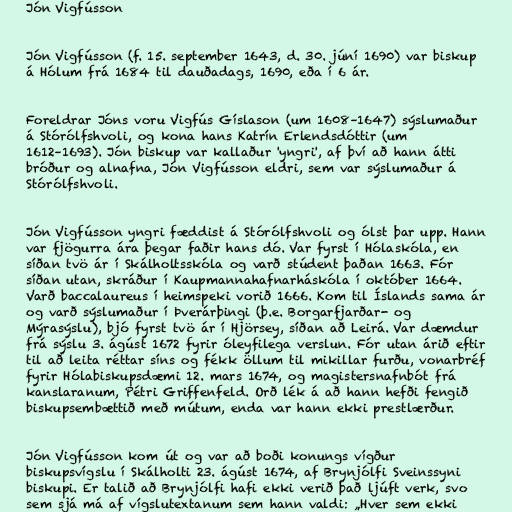
Jón Vigfússon

Jón Vigfússon (f. 15. september 1643, d. 30. júní 1690) var biskup
á Hólum frá 1684 til dauðadags, 1690, eða í 6 ár.

Foreldrar Jóns voru Vigfús Gíslason (um 1608–1647) sýslumaður
á Stórólfshvoli, og kona hans Katrín Erlendsdóttir (um
1612–1693). Jón biskup var kallaður 'yngri', af því að hann átti
bróður og alnafna, Jón Vigfússon eldri, sem var sýslumaður á
Stórólfshvoli.

Jón Vigfússon yngri fæddist á Stórólfshvoli og ólst þar upp. Hann
var fjögurra ára þegar faðir hans dó. Var fyrst í Hólaskóla, en
síðan tvö ár í Skálholtsskóla og varð stúdent þaðan 1663. Fór
síðan utan, skráður í Kaupmannahafnarháskóla í október 1664.
Varð baccalaureus í heimspeki vorið 1666. Kom til Íslands sama ár
og varð sýslumaður í Þverárþingi (þ.e. Borgarfjarðar- og
Mýrasýslu), bjó fyrst tvö ár í Hjörsey, síðan að Leirá. Var dæmdur
frá sýslu 3. ágúst 1672 fyrir óleyfilega verslun. Fór utan árið eftir
til að leita réttar síns og fékk öllum til mikillar furðu, vonarbréf
fyrir Hólabiskupsdæmi 12. mars 1674, og magistersnafnbót frá
kanslaranum, Pétri Griffenfeld. Orð lék á að hann hefði fengið
biskupsembættið með mútum, enda var hann ekki prestlærður.

Jón Vigfússon kom út og var að boði konungs vígður
biskupsvígslu í Skálholti 23. ágúst 1674, af Brynjólfi Sveinssyni
biskupi. Er talið að Brynjólfi hafi ekki verið það ljúft verk, svo
sem sjá má af vígslutextanum sem hann valdi: „Hver sem ekki